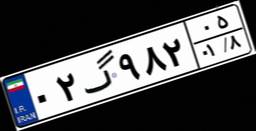
۰۱گ۹۶۹۸۴